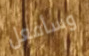
وسأفعل